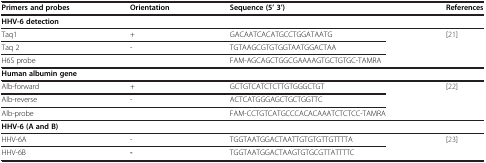
| Primers and probes | Orientation | Sequence (5’ 3’) | References |
 | --- | --- | --- | --- |
 | <COLSPAN=4> HHV-6 detection |
 | Taq1 | + | GACAATCACATGCCTGGATAATG | <ROWSPAN=3> [21] |
 | Taq 2 | - | TGTAAGCGTGTGGTAATGGACTAA |
 | <COLSPAN=2> H6S probe | FAM-AGCAGCTGGCGAAAAGTGCTGTGC-TAMRA |
 | <COLSPAN=4> Human albumin gene |
 | Alb-forward | + | GCTGTCATCTCTTGTGGGCTGT | <ROWSPAN=3> [22] |
 | Alb-reverse | - | ACTCATGGGAGCTGCTGGTTC |
 | <COLSPAN=2> Alb-probe | FAM-CCTGTCATGCCCACACAAATCTCTCC-TAMRA |
 | <COLSPAN=4> HHV-6 (A and B) |
 | HHV-6A | - | TGGTAATGGACTAATTGTGTGTTGTTTTA | <ROWSPAN=2> [23] |
 | HHV-6B | - | TGGTAATGGACTAAGTGTGCGTTATTTTC |